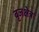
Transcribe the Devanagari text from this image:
बृजक्षेत्र